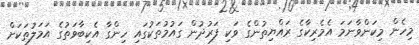
މިހެން މިކަންވާނަމަ އެމެރިކާގެ ރައްޔިތުންގެ ވަކި ފަރުދުން ގައުމުތަކުގައި ހިންގާ އެކިބާވަތުގެ އަމަލުތަކަށް